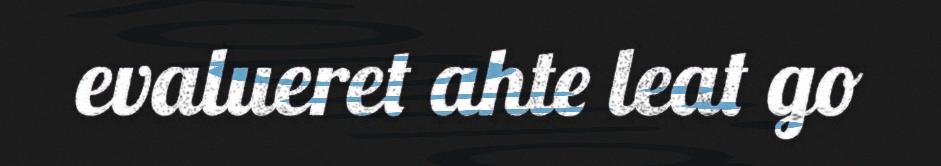
evalueret ahte leat go